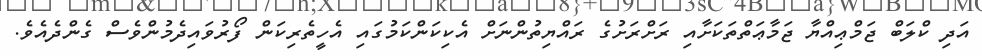
އަދި ކްލަބް ޖަމްޢިއްޔާ ޖަމާޢަތްތަކަށާއި ރަށްރަށުގެ ރައްޔިތުންނަށް އެކިކަންކަމުގައި އެހީތެރިކަން ފޯރުވައިދެމުންވެސް ގެންދެއެވެ.